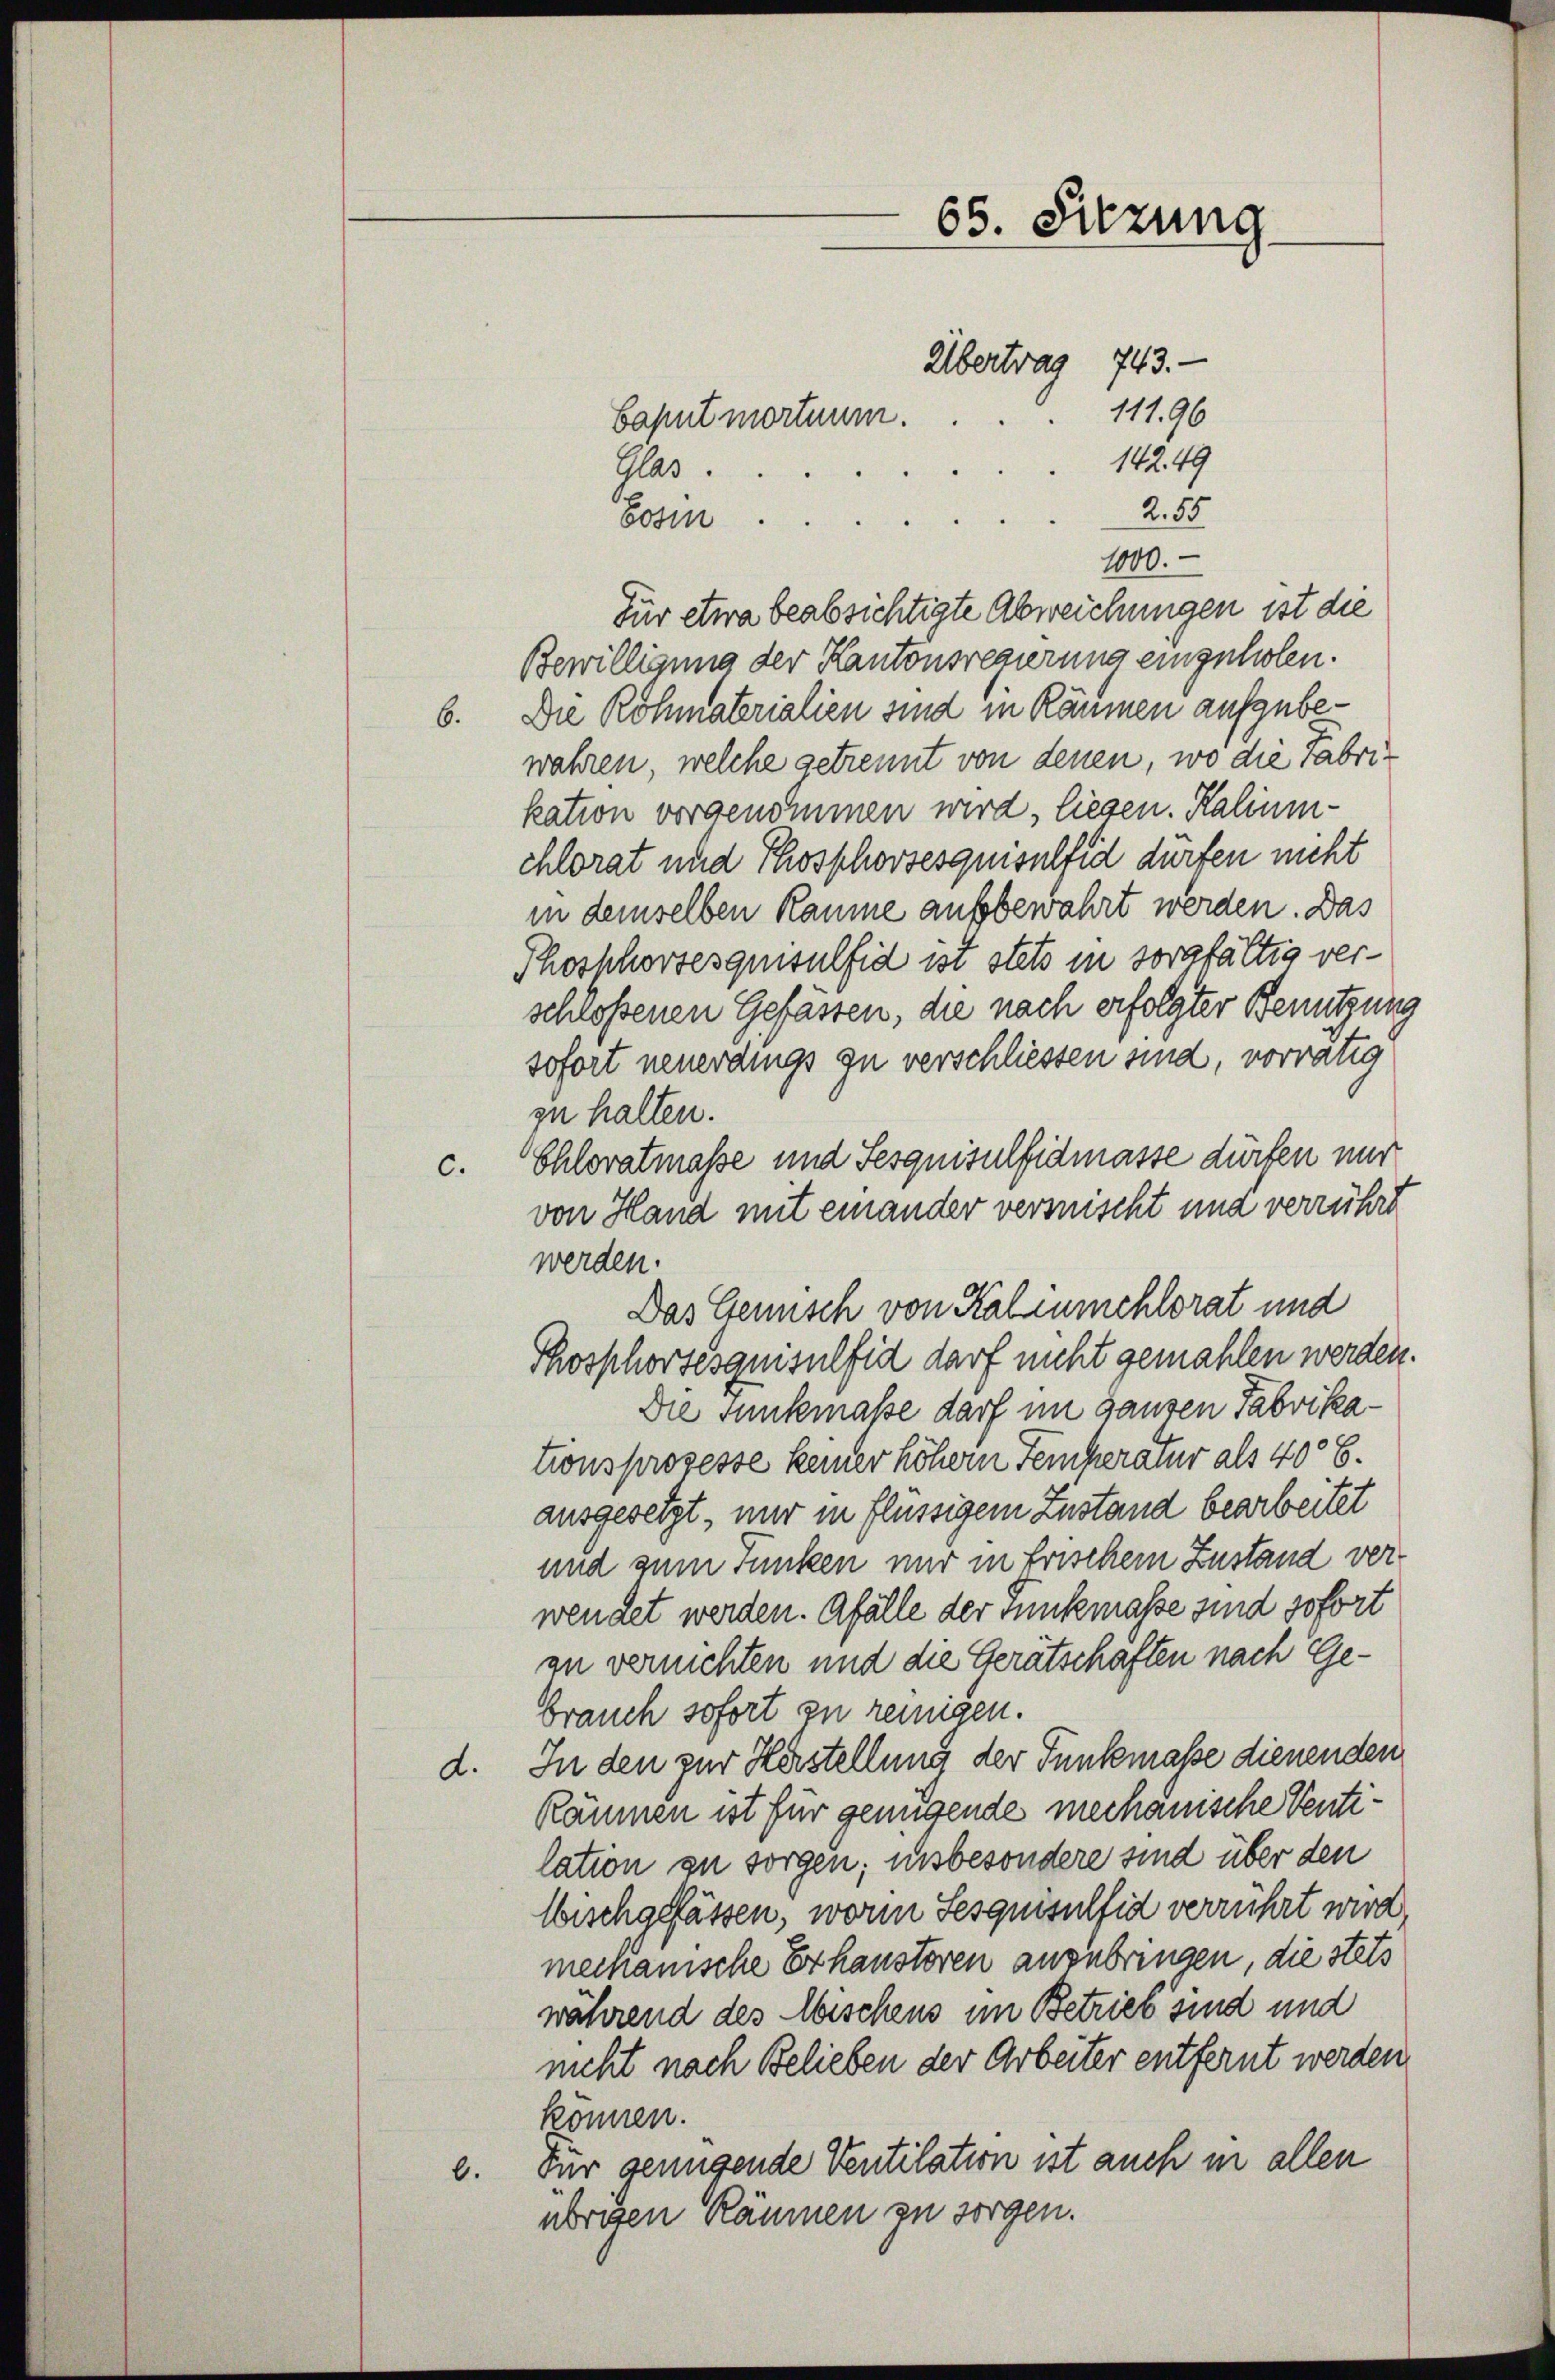
Begin
1000.
für etwa beabsichtigte Abweichungen ist die
Bewilligung der Kantonsregierung eingeholen.
6. Die Rohmaterialien sind in Räumen aufgebewahren, welche getrennt von denen, wo die Fabrikation vorgenommen wird, liesen. Kaliumchlorat und Phosphorsesquisulfid dürfen nicht
in demselben Räume aufbewahrt werden. Das
Phosphorsesquisulfid ist stets in sorgfältig verschlossenen Gefässen, die nach erfolgter Benutzung
sofort neuerdings zu verschliessen sind, vorrätig
zu halten.
c. Chlovatmasse und Sesquisulfidmasse dürfen nur
von Hand mit einander versischt und verrührt
werden.
Das Gemüsch von Kalenmehlorat und
Phosphortesquisulfid darf nicht gemahlen werden.
Die Tunkmaße darf im ganzen Fabrikationsprozesse keiner höhern Temperatur als 4006.
ausgesetzt, nur in flüssigem Zustand bearbeitet
und zum Funken nur in Frischem Zustand verwendet werden. Gfälle der Tunkmasse sind sofort
zu vernichten und die Gerätschaften nach Gebrauch sofort zu reinigen.
d. In den zur Herstellung der Tunkmaße dienenden
Räumen ist für genügende mechanische Ventilation zu sorgen; insbesondere sind über den
lbischgefässen, worin Sesquisulfid verrührt wird,
mechanische Erhausteren anzubringen, die stets
während des Mischens im Betrieb sind und
nicht nach Belieben der Arbeiter entfernt werden,
können.
e. Für genügende Ventilation ist auch in allen
übrigen Räumen zu sorgen.

65. Sitzung
Übertrag 743.
11196
Caput mortnum.
142. 49
Glas.
2. 55